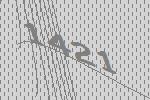
1421